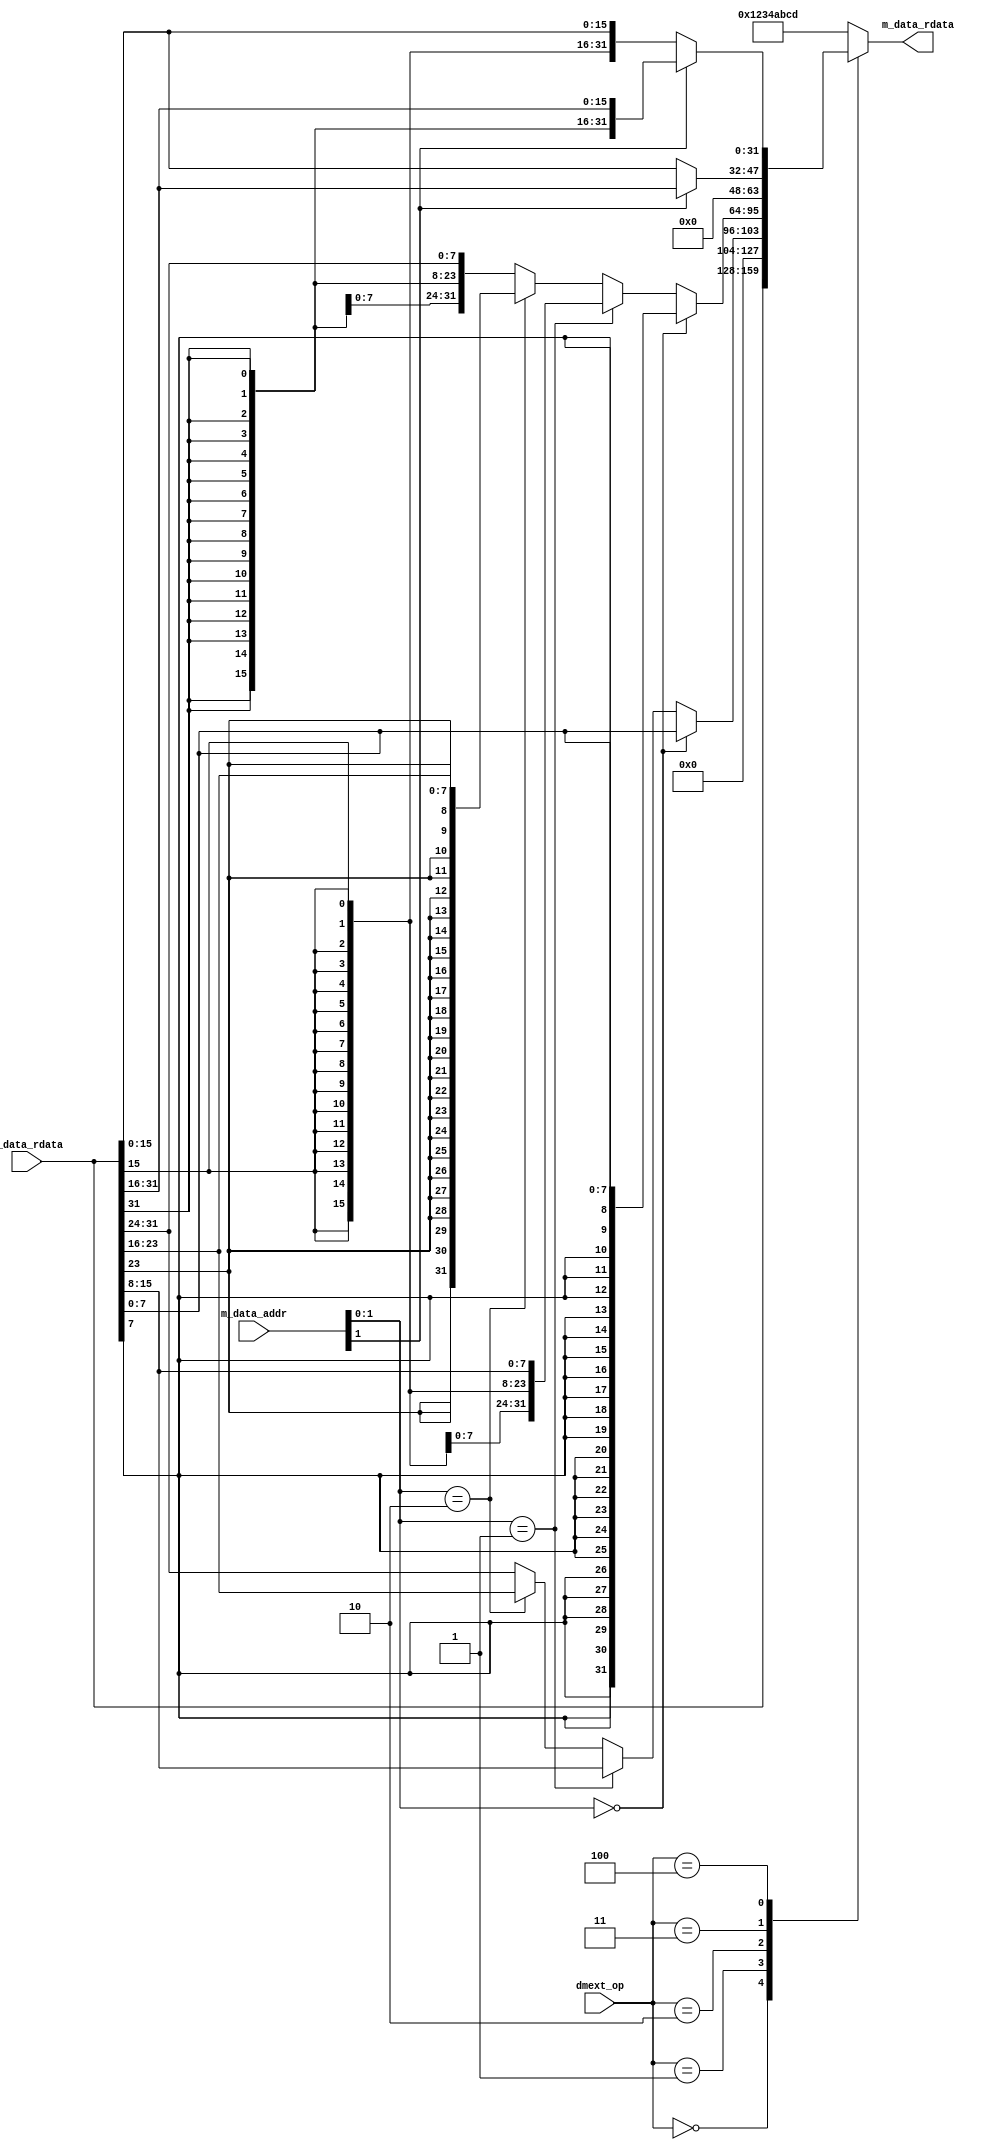
module dmext (
    input wire[2:0] dmext_op,
    input wire[31:0] m_data_addr,
    input wire[31:0] p_data_rdata,
    output wire[31:0] m_data_rdata
);
    //dmext_op-------------
    // 000
    // 001
    // 010
    // 011
    // 100
    //---------------------

    reg [31:0] r_m_data_rdata;
    
    assign m_data_rdata = r_m_data_rdata;

    always @(*) begin
        case (dmext_op)
            3'b000: r_m_data_rdata = p_data_rdata;
            3'b001: begin
                if(m_data_addr[1:0]==2'b00) r_m_data_rdata = {24'b0,p_data_rdata[7:0]};
                else if(m_data_addr[1:0]==2'b01) r_m_data_rdata = {24'b0,p_data_rdata[15:8]};
                else if(m_data_addr[1:0]==2'b10) r_m_data_rdata = {24'b0,p_data_rdata[23:16]};
                else r_m_data_rdata = {24'b0,p_data_rdata[31:24]};
            end
            3'b010: begin
                if(m_data_addr[1:0]==2'b00) r_m_data_rdata = {{24{p_data_rdata[7]}},p_data_rdata[7:0]};
                else if(m_data_addr[1:0]==2'b01) r_m_data_rdata = {{24{p_data_rdata[15]}},p_data_rdata[15:8]};
                else if(m_data_addr[1:0]==2'b10) r_m_data_rdata = {{24{p_data_rdata[23]}},p_data_rdata[23:16]};
                else r_m_data_rdata = {{24{p_data_rdata[31]}},p_data_rdata[31:24]};
            end
            3'b011: begin
                if(m_data_addr[1]==1'b0) r_m_data_rdata = {16'b0,p_data_rdata[15:0]};
                else r_m_data_rdata = {16'b0,p_data_rdata[31:16]};
            end
            3'b100: begin
                if(m_data_addr[1]==1'b0) r_m_data_rdata = {{16{p_data_rdata[15]}},p_data_rdata[15:0]};
                else r_m_data_rdata = {{16{p_data_rdata[31]}},p_data_rdata[31:16]};
            end
            default: r_m_data_rdata = 32'h1234abcd;
        endcase
    end
    
endmodule